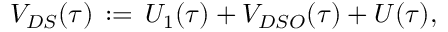
V _ { D S } ( \tau ) \, : = \, U _ { 1 } ( \tau ) + { V } _ { D S O } ( \tau ) + U ( \tau ) ,